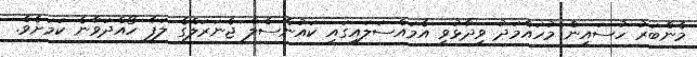
މެންބަރު ހުސައިން މުހައްމަދު ވިދާޅުވީ އެމައްސަލައިގައި ކައުންސެލް ޖެނަރަލްގެ ލަފާ ހޯއްދަވާނެ ކަމަށެވެ.